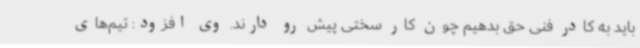
باید به کادر فنی حق بدهیم چون کار سختی پیش رو دارند. وی افزود: تیم‌های